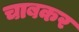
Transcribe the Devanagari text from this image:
चाबकर